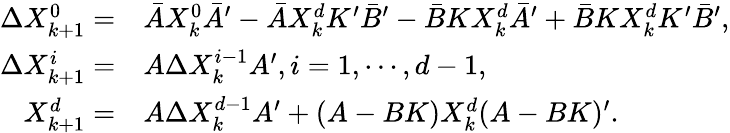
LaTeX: \begin{array}{rl}{\Delta X_{k+1}^{0}=}&{\bar{A}X_{k}^{0}\bar{A}^{\prime}-\bar{A}X_{k}^{d}K^{\prime}\bar{B}^{\prime}-\bar{B}K{X}_{k}^{d}\bar{A}^{\prime}+\bar{B}K{X}_{k}^{d}K^{\prime}\bar{B}^{\prime},}\\ {\Delta X_{k+1}^{i}=}&{A\Delta X_{k}^{i-1}A^{\prime},i=1,\cdots,d-1,}\\ {X_{k+1}^{d}=}&{A\Delta X_{k}^{d-1}A^{\prime}+(A-BK)X_{k}^{d}(A-BK)^{\prime}.}\end{array}